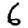
Digit: 6